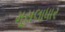
મૂસલાધાર